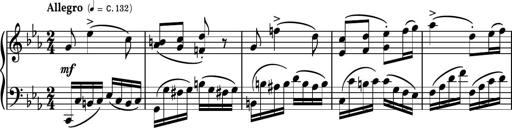
Title: Piano Sonatina No.5
Composer: Dimitri Sykias
Key: C minor